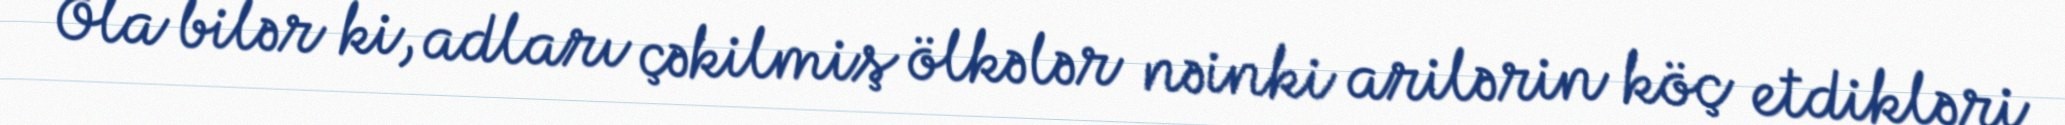
Ola bilər ki, adları çəkilmiş ölkələr nəinki arilərin köç etdikləri